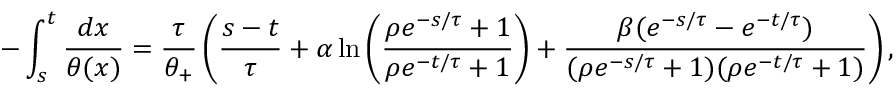
- \int _ { s } ^ { t } \frac { d x } { \theta ( x ) } = \frac { \tau } { \theta _ { + } } \left( \frac { s - t } { \tau } + \alpha \ln \left( \frac { \rho e ^ { - s / \tau } + 1 } { \rho e ^ { - t / \tau } + 1 } \right) + \frac { \beta ( e ^ { - s / \tau } - e ^ { - t / \tau } ) } { ( \rho e ^ { - s / \tau } + 1 ) ( \rho e ^ { - t / \tau } + 1 ) } \right) ,